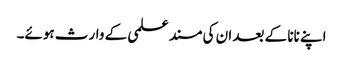
اپنے نانا کے بعد ان کی مسند علمی کے وارث ہوئے۔